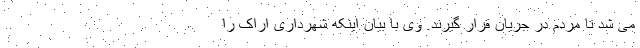
می شد تا مردم در جریان قرار گیرند. وی با بیان اینکه شهرداری اراک را